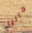
حاليا